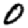
Digit: 0